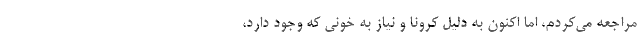
مراجعه می‌کردم، اما اکنون به دلیل کرونا و نیاز به خونی که وجود دارد،